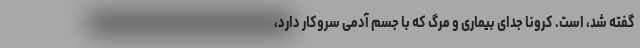
گفته شد، است. کرونا جدای بیماری و مرگ که با جسم آدمی سروکار دارد،